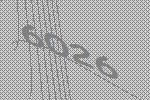
6026